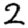
Digit: 2